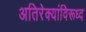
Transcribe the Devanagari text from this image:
अतिरेक्यांविरूध्द